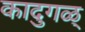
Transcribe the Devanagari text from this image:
कादुगळ्